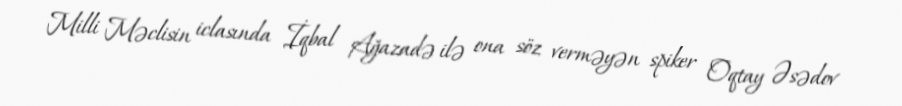
Milli Məclisin iclasında İqbal Ağazadə ilə ona söz verməyən spiker Oqtay Əsədov